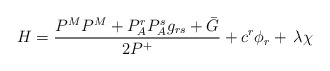
\begin{align*}H=\frac{P^{M}P^{M}+P_{A}^{r}P_{A}^{s}g_{rs}+\bar{G}}{2P^{+}}+c^{r}\phi_{r}+\,\lambda \chi \end{align*}